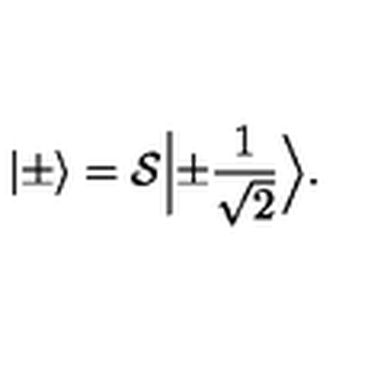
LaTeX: | \pm \rangle = { \cal S } \Bigl | \pm \frac { 1 } { \sqrt { 2 } } \Bigr > .